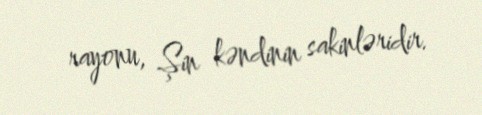
rayonu, Şin kəndinin sakinləridir.